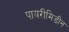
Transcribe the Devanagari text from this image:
पायरीमिडीन